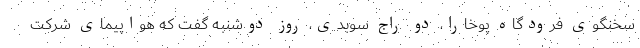
سخنگوی فرودگاه پوخارا، دو راج سوبدی، روز دوشنبه گفت که هواپیمای شرکت